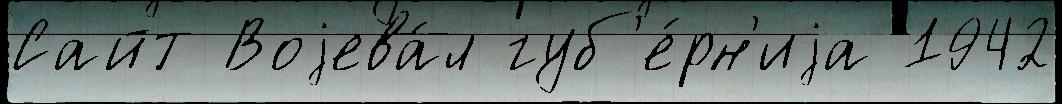
Сайт Воjева́л губ'е́рн'иjа 1942